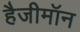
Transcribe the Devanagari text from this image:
हैजीमॉन